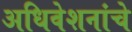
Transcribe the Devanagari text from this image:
अधिवेशनांचे